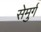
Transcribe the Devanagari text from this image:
सेमुर्ग